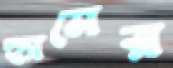
হ্যামের